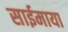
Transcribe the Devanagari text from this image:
साईमाया